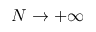
N \to + \infty